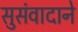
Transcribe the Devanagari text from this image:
सुसंवादाने